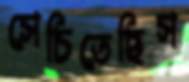
সেচিতেছিস